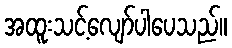
အထူးသင့်လျော်ပါပေသည်။